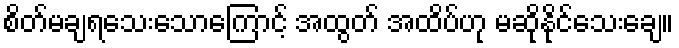
စိတ်မချရသေးသောကြောင့် အထွတ် အထိပ်ဟု မဆိုနိုင်သေးချေ။